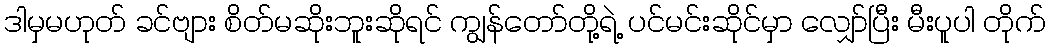
ဒါမှမဟုတ် ခင်ဗျား စိတ်မဆိုးဘူးဆိုရင် ကျွန်တော်တို့ရဲ့ ပင်မင်းဆိုင်မှာ လျှော်ပြီး မီးပူပါ တိုက်